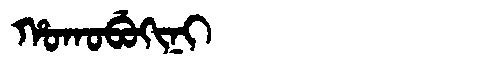
Manchu: ᡥᠣᡴᠣᠪᡠᡴᡳᠨᡳ
Romanization: HOKOBUKINI